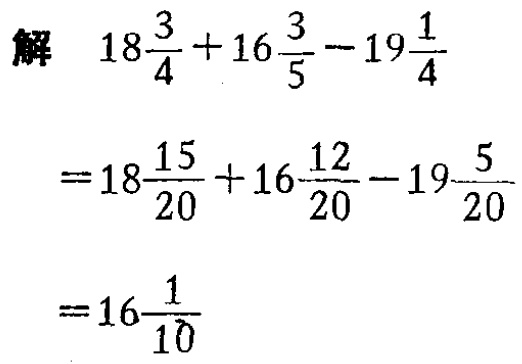
解 \(18\frac{3}{4}+16\frac{3}{5}-19\frac{1}{4}\)

\(=18\frac{15}{20}+16\frac{12}{20}-19\frac{5}{20}\)

\(=16\frac{1}{10}\)